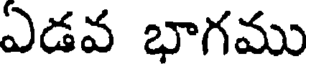
ఏడవ భాగము